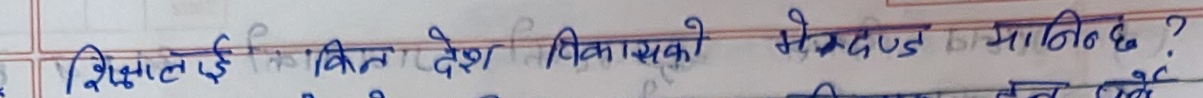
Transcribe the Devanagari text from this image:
शिक्षालाई किन देश विकासको मेरुदण्ड मानिन्छ ?